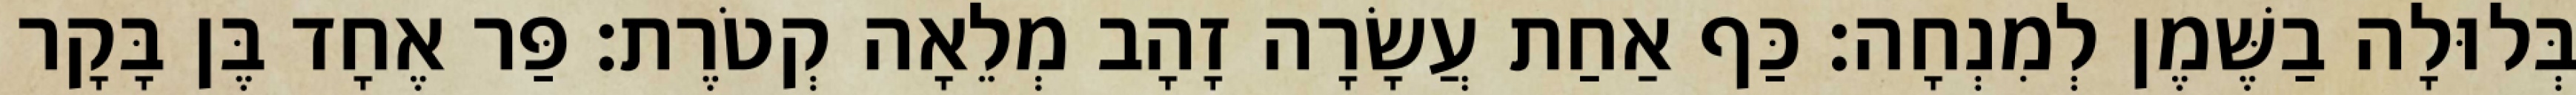
בְּלוּלָה בַשֶּׁמֶן לְמִנְחָה׃ כַּף אַחַת עֲשָׂרָה זָהָב מְלֵאָה קְטֹרֶת׃ פַּר אֶחָד בֶּן בָּקָר